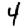
Digit: 4